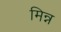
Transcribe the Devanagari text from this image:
मिन्न